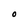
Character: O